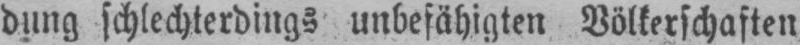
dung schlechterdings unbefähigten Völkerschaften